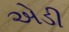
એડી